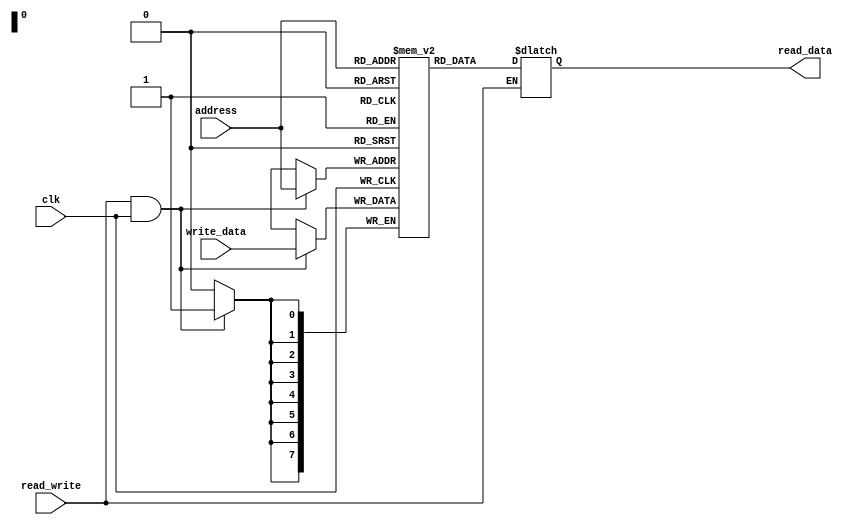
`timescale 1ns/1ns
module DataMemory(input[7:0] address, input[7:0] write_data, input read_write, clk, output reg[7:0] read_data);

  reg[7:0] data[255:0];

  always @(posedge clk) begin
    if(read_write & clk)
      data[address] <= write_data;
  end

  always @(address, read_write) begin
    if(read_write == 0) read_data = data[address];
  end

  integer i;
  initial begin
    for(i = 0; i < 6; i = i + 1) begin: loop
      $dumpvars(0, data[100+i]);
    end
  end

endmodule